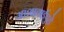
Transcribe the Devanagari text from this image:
आशाताईंपुढे